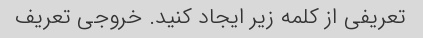
تعریفی از کلمه زیر ایجاد کنید. خروجی تعریف